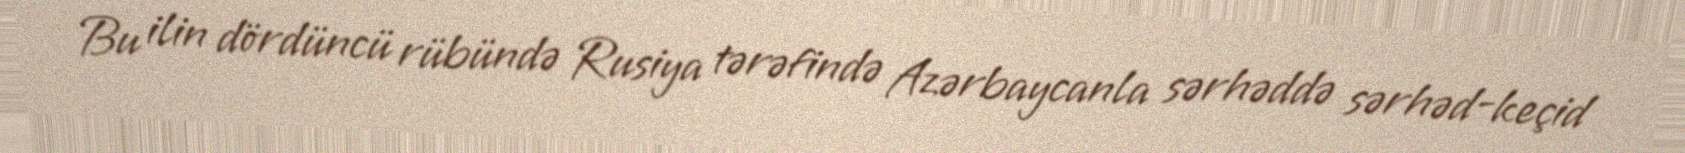
Bu ilin dördüncü rübündə Rusiya tərəfində Azərbaycanla sərhəddə sərhəd-keçid